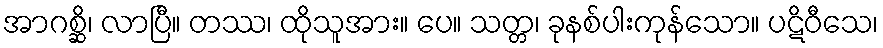
အာဂစ္ဆိ၊ လာပြီ။ တဿ၊ ထိုသူအား။ ပေ။ သတ္တ၊ ခုနစ်ပါးကုန်သော။ ပဋိဝီသေ၊